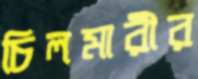
চিলমারীর